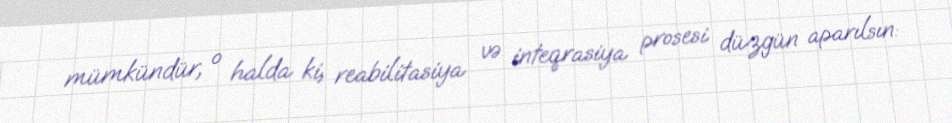
mümkündür, o halda ki, reabilitasiya və inteqrasiya prosesi düzgün aparılsın: